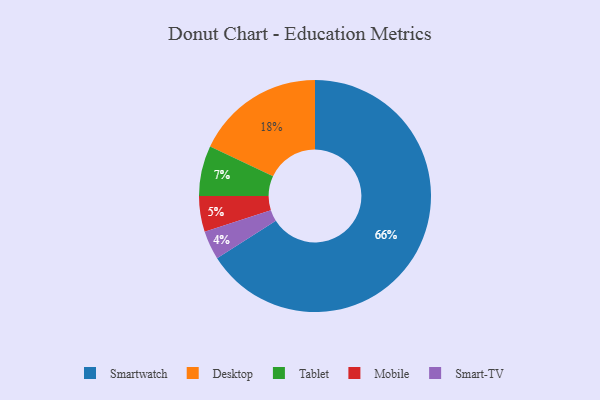
{"axis": {"x": "Category", "y": "Percentage"}, "legend": ["Desktop", "Mobile", "Smart-TV", "Smartwatch", "Tablet"], "data": [{"x": "Smartwatch", "y": 66, "type": "Smartwatch"}, {"x": "Desktop", "y": 18, "type": "Desktop"}, {"x": "Tablet", "y": 7, "type": "Tablet"}, {"x": "Mobile", "y": 5, "type": "Mobile"}, {"x": "Smart-TV", "y": 4, "type": "Smart-TV"}]}